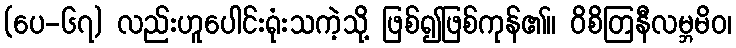
(ပေ-၆၇) လည်းဟူပေါင်းရုံးသကဲ့သို့ ဖြစ်၍ဖြစ်ကုန်၏။ ဝိစိတြနီလမ္ဘမိဝ၊